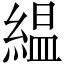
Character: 緼